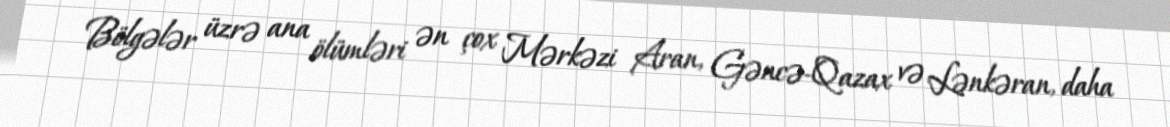
Bölgələr üzrə ana ölümləri ən çox Mərkəzi Aran, Gəncə-Qazax və Lənkəran, daha